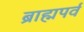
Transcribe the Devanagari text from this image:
ब्राह्मपर्व